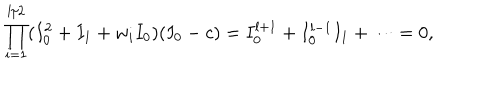
\prod _ { i = 1 } ^ { l / 2 } ( I _ { 0 } ^ { 2 } + I _ { 1 } + w _ { i } I _ { 0 } ) ( I _ { 0 } - c ) = I _ { 0 } ^ { l + 1 } + I _ { 0 } ^ { l - 1 } I _ { 1 } + \cdots = 0 ,